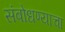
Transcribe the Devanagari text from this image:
संबोधण्याचा